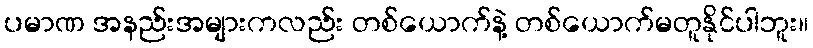
ပမာဏ အနည်းအများကလည်း တစ်ယောက်နဲ့ တစ်ယောက်မတူနိုင်ပါဘူး။